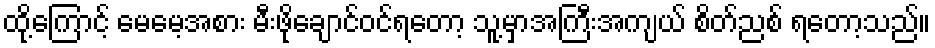
ထို့ကြောင့် မေမေ့အစား မီးဖိုချောင်ဝင်ရတော့ သူ့မှာအကြီးအကျယ် စိတ်ညစ် ရတော့သည်။